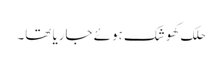
حلک کھوشک ہوئے جاریا تھا۔